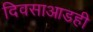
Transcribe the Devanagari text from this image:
दिवसाआडही